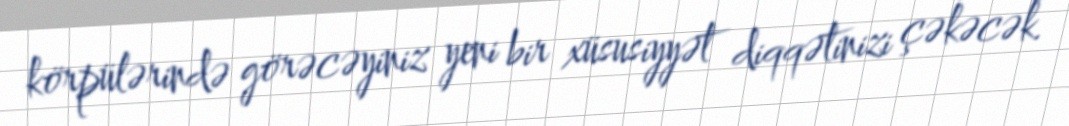
körpülərində görəcəyiniz yeni bir xüsusiyyət diqqətinizi çəkəcək.